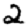
Digit: 2